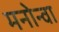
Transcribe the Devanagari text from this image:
मनोन्वा